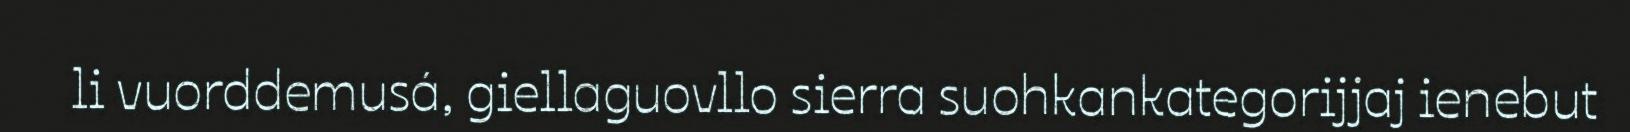
li vuorddemusá, giellaguovllo sierra suohkankategorijjaj ienebut